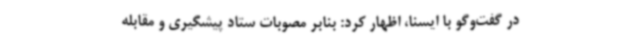
در گفت‌وگو با ایسنا، اظهار کرد: بنابر مصوبات ستاد پیشگیری و مقابله